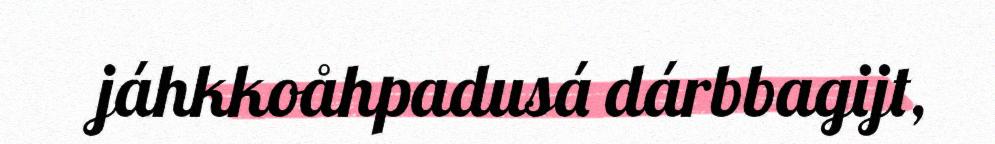
jáhkkoåhpadusá dárbbagijt,